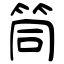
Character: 筒